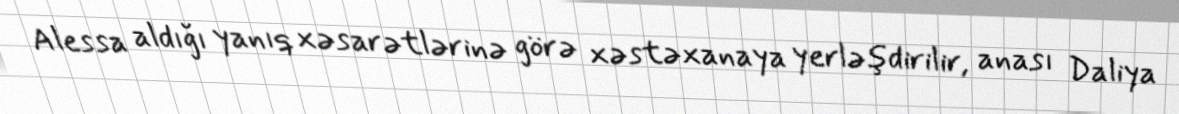
Alessa aldığı yanıq xəsarətlərinə görə xəstəxanaya yerləşdirilir, anası Daliya